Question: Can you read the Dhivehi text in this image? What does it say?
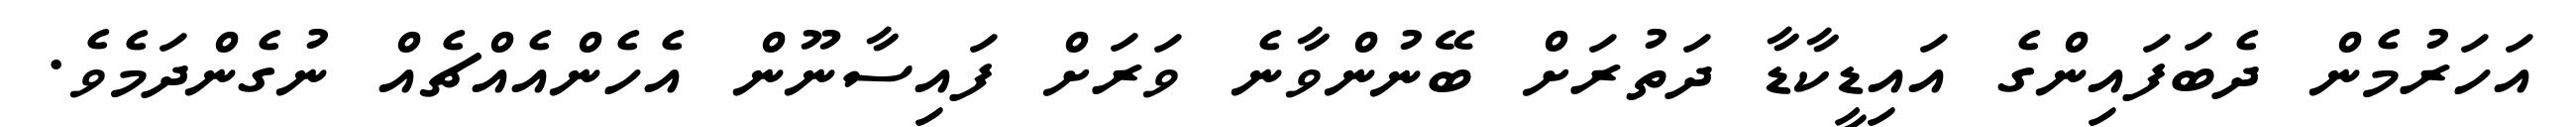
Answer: އަހަރުމެން ދެބަފައިންގެ އައިޑީކާޑާ ދަތުރަށް ބޭނުންވާނެ ވަރަށް ފައިސާނޫން އެހެންއެއްޗެއް ނުގެންދަމެވެ.